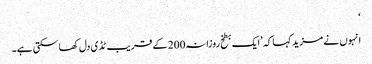
‘
انہوں نے مزید کہا کہ ’ایک بطخ روزانہ200 کے قریب ٹڈی دل کھا سکتی ہے۔